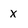
Character: x